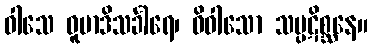
ဝါသေ ဓူမာဒိသင်္ခါရေ၊ ဓိဝါသော သမ္ပဋိစ္ဆနေ။